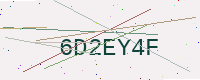
Text: 6D2EY4F